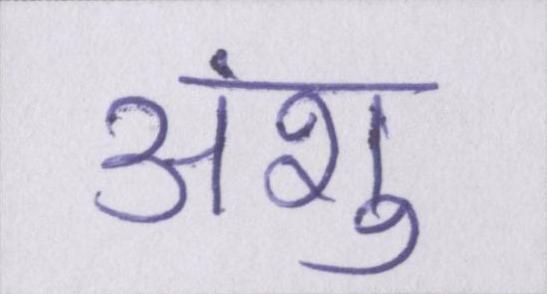
अंशु